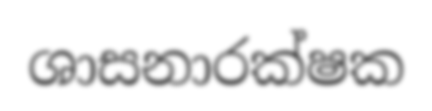
ශාසනාරක්ෂක